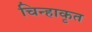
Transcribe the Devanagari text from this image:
चिन्हाकृत